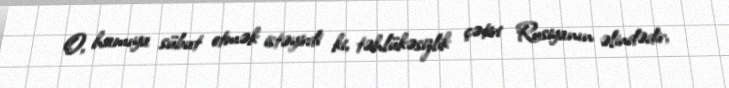
O, hamıya sübut etmək istəyirdi ki, təhlükəsizlik çətiri Rusiyanın əlindədir,